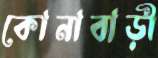
কোনাবাড়ী